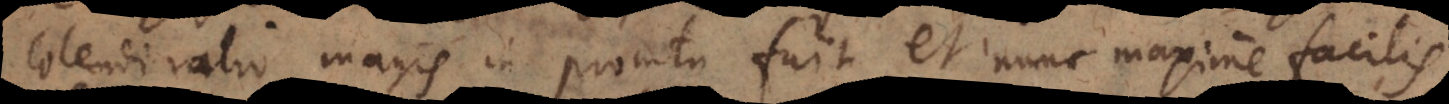
colendi ratio magis in promtu fuit, et nunc maxime facilis